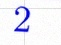
2